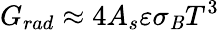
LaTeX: G_{rad}\approx4A_{s}\varepsilon\sigma_{\mathit{B}}T^{3}